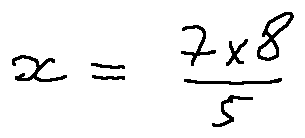
x = \frac { 7 \times 8 } { 5 }